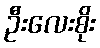
ဦးလေးစိုး